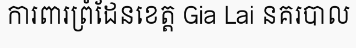
ការពារព្រំដែនខេត្ត Gia Lai នគរបាល